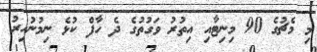
މި މެޗުގެ 90 މިނިޓާއި އިތުުރު ވަގުތުގެ ދެ ހާފް ކުޅެ ނިމުނުއިރު